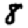
Digit: 8